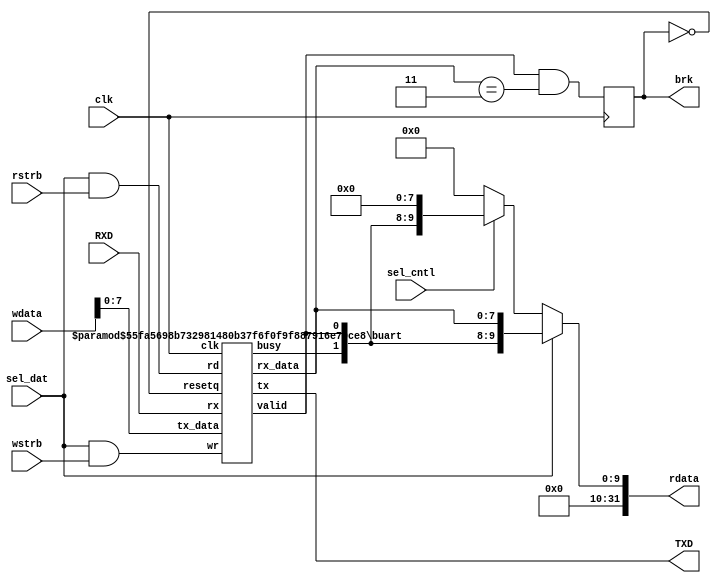
// femtorv32, a minimalistic RISC-V RV32I core
//
//       Bruno Levy, 2020-2021
//
// This file: driver for UART (serial over USB)
// Wrapper around modified Claire Wolf's UART

`ifdef BENCH

// If BENCH is define, using a fake UART that displays
// each sent character.
module UART(
    input wire 	       clk,      // system clock
    input wire 	       rstrb,    // read strobe		
    input wire 	       wstrb,    // write strobe
    input wire 	       sel_dat,  // select data reg (rw)
    input wire 	       sel_cntl, // select control reg (r) 	       	    
    input wire [31:0]  wdata,    // data to be written
    output wire [31:0] rdata,    // data read

    input wire 	       RXD, // UART pins (unused in bench mode)
    output wire        TXD,
	    
    output reg 	       brk  // goes high one cycle when <ctrl><C> is pressed. 	    
);
   assign rdata = 32'b0;
   assign TXD   = 1'b0;
   always @(posedge clk) begin
      if(sel_dat && wstrb) begin
	 if(wdata == 32'd4) begin
	    $display("<end of simulation> (EOT sent to UART)");
	    $finish();
	 end
         $write("%c",wdata[7:0]);
	 $fflush(32'h8000_0001);
      end
   end
endmodule

`else

module buart #(
  parameter FREQ_MHZ = 12,
  parameter BAUDS    = 115200
) (
    input clk,
    input resetq,

    output tx,
    input  rx,

    input  wr,
    input  rd,
    input  [7:0] tx_data,
    output [7:0] rx_data,

    output busy,
    output valid
);

   /************** Baud frequency constants ******************/

    parameter divider = FREQ_MHZ * 1000000 / BAUDS;
    parameter divwidth = $clog2(divider);

    parameter baud_init = divider;
    parameter half_baud_init = divider/2+1;

   /************* Receiver ***********************************/

    // Trick from Olof Kindgren: use n+1 bit and decrement instead of
    // incrementing, and test the sign bit.

    reg [divwidth:0] recv_divcnt;
    wire recv_baud_clk = recv_divcnt[divwidth];

    reg recv_state;
    reg [8:0] recv_pattern;
    reg [7:0] recv_buf_data;
    reg recv_buf_valid;

    assign rx_data = recv_buf_data;
    assign valid = recv_buf_valid;


    always @(posedge clk) begin

       if (rd) recv_buf_valid <= 0;
 
       if (!resetq) recv_buf_valid <= 0;

       case (recv_state)

         0: begin
               if (!rx) begin
                 recv_state <= 1;
		 /* verilator lint_off WIDTH */
                 recv_divcnt <= half_baud_init;
		 /* verilator lint_on WIDTH */
               end
               recv_pattern <= 0;
            end

         1: begin
               if (recv_baud_clk) begin

                 // Inverted start bit shifted through the whole register 
		 // The idea is to use the start bit as marker 
		 // for "reception complete", 
		 // but as initialising registers to 10'b1_11111111_1 
		 // is more costly than using zero, 
		 // it is done with inverted logic. 
                 if (recv_pattern[0]) begin
                   recv_buf_data  <= ~recv_pattern[8:1];
                   recv_buf_valid <= 1;
                   recv_state <= 0;
                 end else begin
                   recv_pattern <= {~rx, recv_pattern[8:1]};
		   /* verilator lint_off WIDTH */		    
                   recv_divcnt <= baud_init;
		   /* verilator lint_on WIDTH */
                 end
               end else recv_divcnt <= recv_divcnt - 1;
            end

       endcase
    end

   /************* Transmitter ******************************/

    reg [divwidth:0] send_divcnt;
    wire send_baud_clk  = send_divcnt[divwidth];

    reg [9:0] send_pattern = 1;
    assign tx = send_pattern[0];
    assign busy = |send_pattern[9:1];

    // The transmitter shifts until the stop bit is on the wire, 
    // and stops shifting then.
    always @(posedge clk) begin
       if (wr) send_pattern <= {1'b1, tx_data[7:0], 1'b0};
       else if (send_baud_clk & busy) send_pattern <= send_pattern >> 1;
       /* verilator lint_off WIDTH */		    
       if (wr | send_baud_clk) send_divcnt <= baud_init;
                          else send_divcnt <= send_divcnt - 1;
       /* verilator lint_on WIDTH */		           
    end

endmodule



module UART(
    input wire 	       clk,      // system clock
    input wire 	       rstrb,    // read strobe		
    input wire 	       wstrb,    // write strobe
    input wire 	       sel_dat,  // select data reg (rw)
    input wire 	       sel_cntl, // select control reg (r) 	       	    
    input wire [31:0]  wdata,    // data to be written
    output wire [31:0] rdata,    // data read

    input wire 	       RXD, // UART pins
    output wire        TXD,

    output reg         brk  // goes high one cycle when <ctrl><C> is pressed. 	    
);

wire [7:0] rx_data;
wire [7:0] tx_data;
wire serial_tx_busy;
wire serial_valid;

buart #(
  .FREQ_MHZ(12),
  .BAUDS(115200)
) the_buart (
   .clk(clk),
   .resetq(!brk),
   .tx(TXD),
   .rx(RXD),
   .tx_data(wdata[7:0]),
   .rx_data(rx_data),
   .busy(serial_tx_busy),
   .valid(serial_valid),
   .wr(sel_dat && wstrb),
   .rd(sel_dat && rstrb) 
);

assign rdata =   sel_dat  ? {22'b0, serial_tx_busy, serial_valid, rx_data} 
               : sel_cntl ? {22'b0, serial_tx_busy, serial_valid, 8'b0   } 
               : 32'b0;   

always @(posedge clk) begin
   brk <= serial_valid && (rx_data == 8'd3);
end

endmodule
`endif